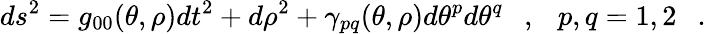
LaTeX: ds^{2}=g_{00}(\theta,\rho)dt^{2}+d\rho^{2}+\gamma_{pq}(\theta,\rho)d\theta^{p}d\theta^{q}~~~,{}~~~p,q=1,2~~~.